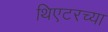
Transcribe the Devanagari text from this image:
थिएटरच्या